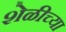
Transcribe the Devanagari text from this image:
शेळीच्या